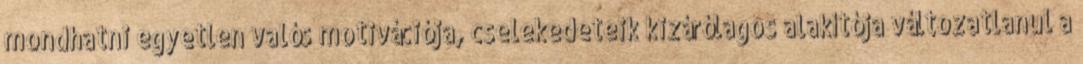
mondhatni egyetlen valós motivációja, cselekedeteik kizárólagos alakítója változatlanul a